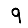
Digit: 9